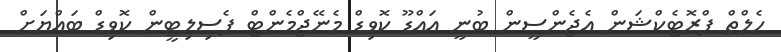
ހެލްތް ޕްރޮޓެކްޝަން އެޖެންސީން ބުނީ އައްޑޫ ކޮވިޑް މެނޭޖްމެންޓް ފެސިލިޓީން ކޮވިޑް ބައްޔަށް